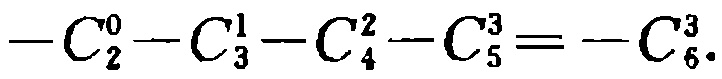
\(-C_{2}^{0}-C_{3}^{1}-C_{4}^{2}-C_{5}^{3}=-C_{6}^{3}\)